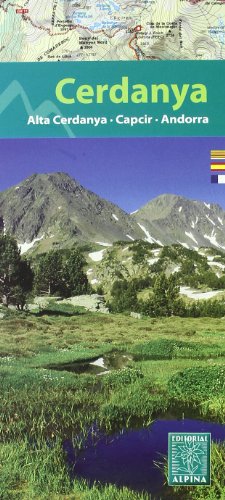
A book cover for Cerdanya - Alta Cerdanya - Capcir - Andorra: ALPI.040; Travel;